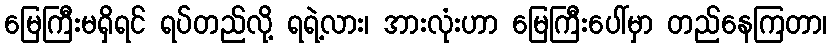
မြေကြီးမရှိရင် ရပ်တည်လို့ ရရဲ့လား၊ အားလုံးဟာ မြေကြီးပေါ်မှာ တည်နေကြတာ၊